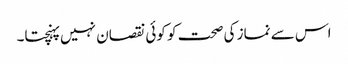
اس سے نماز کی صحت کو کوئی نقصان نہیں پہنچتا۔